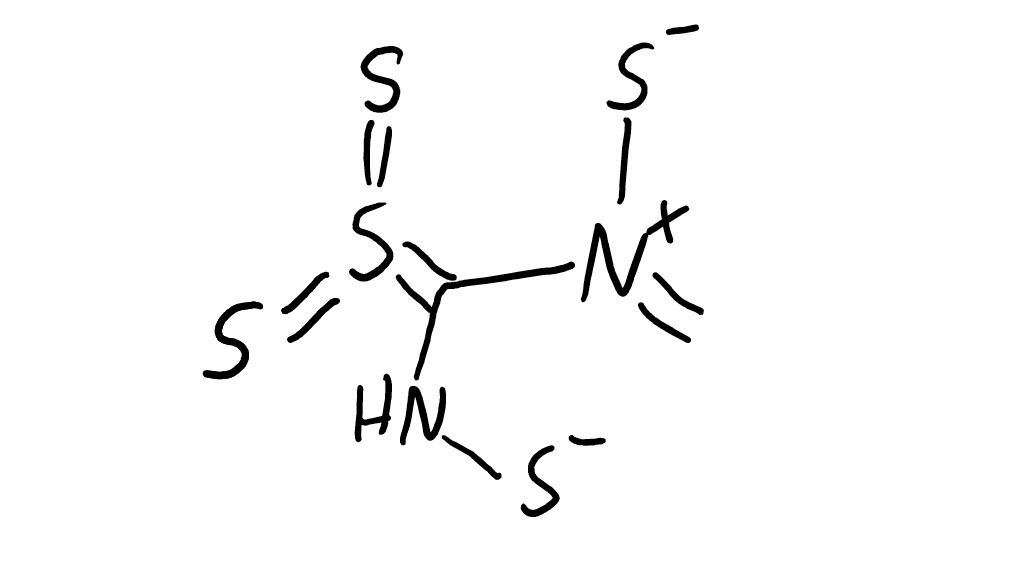
Simplified molecular-input line-entry system (SMILES) notation of the given molecule:
C=[N+](C(=S(=S)=S)N[S-])[S-]